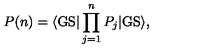
P ( n ) = \langle \mathrm { G S } | \prod _ { j = 1 } ^ { n } P _ { j } | \mathrm { G S } \rangle ,